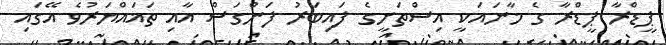
ޕީޑްރާ ޕީޑްރާ ގެ މާނައަކީ އިސްތަށީގެ ފައިބަރު ފަންގަސް އާއި ތަޣައްޔަރުވެ އޭގައި